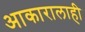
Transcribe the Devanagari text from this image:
आकारालाही